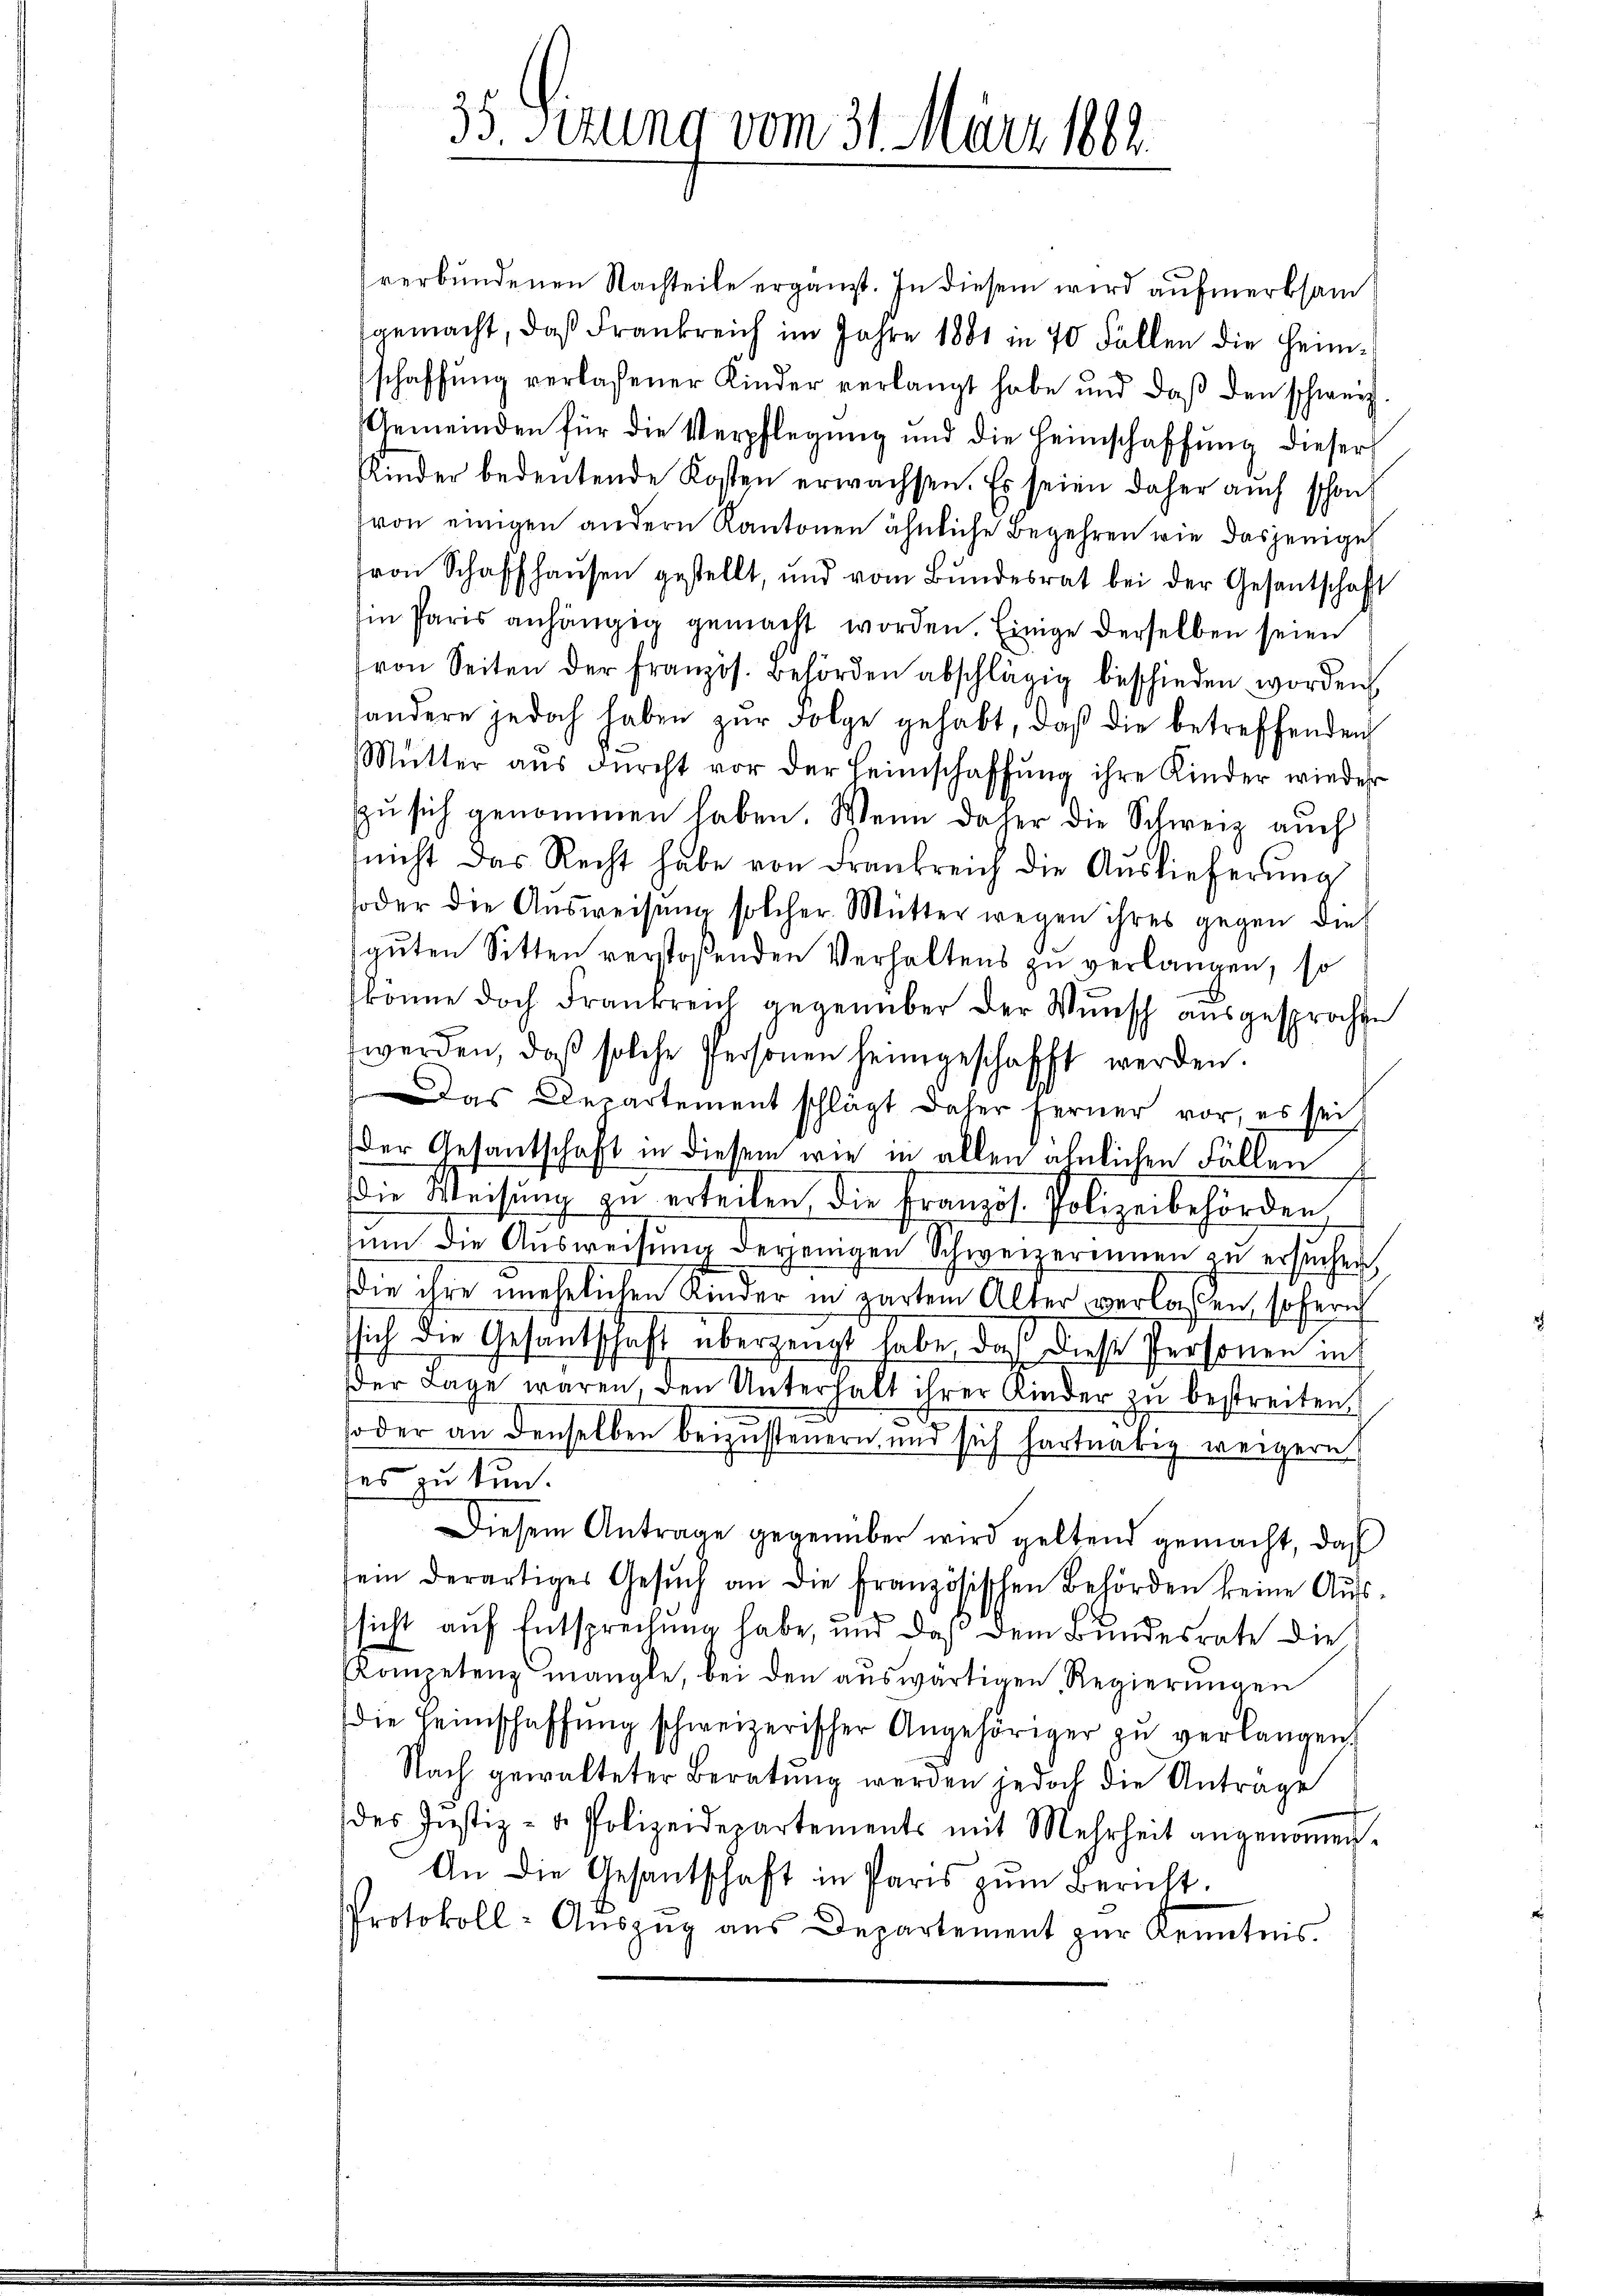
verbundenen Nachteile ergänzt. In diesem wird aufmerksam
gemacht, daß Frankreich im Jahre 1881 in 70 Fällen die Heim-
schaffŭng verlassener Kinder verlangt habe und daß den schweiz
Gemeinden für die Verpflegung und die Heimschaffung dieser
Kinder bedeutende Kosten erwachsen. Es seien daher auch schon
von einigen andern Kantonen ähnliche Begehren wie dasjenige
von Schaffhaŭsen gestellt, und vom Bundesrat bei der Gesentschaft
Ein Paris anhängig gemacht worden. Einige derselben seien
von Seiten der französ. Behörden abschlägig beschieden worden
sondere jedoch haben zŭr Folge gehabt, daß die betreffenden
Mŭtter aŭs dŭrcht vor der Heimschaffŭng ihre Kinder wieder
ŭ sich genommen haben. Wenn daher die Schweiz auch
nicht das Recht habe von Frankreich die Auslieferŭng
oder die Aŭsweisung solcher Mutter wegen ihres gegen dies
guten Sitten verstoßenden Verhaltens zu verlangen, so
könne doch Frankreich gegenüber der Wŭnsch ausgesprochen
werden, daß solche Personen heimgeschafft werden.
Das Departement schlägt daher ferner vor, es sei
Der Gesantschaft in diesem wie in allen ähnlichen Fällen
die Weisŭng zu erteilen die Französ. Polizeibehörden
um die Ausweisung derjenigen Schweizerinnen zu ersuchen,
Die ihre unehelichen Kinder in zartem Alter verlassen, sofern
sich die Gesantschaft überzeugt habe, daß diese Personen in
der Tage waren, den Unterhalt ihrer Kinder zu bestreiten
soder an denselben beizusteuern und sich hartnätig weigern
tes u tun.
Diesem Antrage gegenüber wird geltend gemacht, daß
ein derartiges Gesŭch an die französischen Behörden keine Aŭs-
sicht auf Entsprechung habe, und daß dem Bundesrate die
Kompetenz mangle, bei den aŭswärtigen Regierŭngen
die Heimschaffŭng schweizerischer Angehöriger zŭ verlangen,
Nach gewalteter Beratŭng werden jedoch die Antrage
des Justiz- u. Polizeidepartements mit Mehrheit angenoṁen.
An die Gesantschaft in Paris zum Bericht.
Protokoll- Aŭszŭg aŭs Departement zŭr Kenntnis.

35. Sizung vom 31. März 1882.